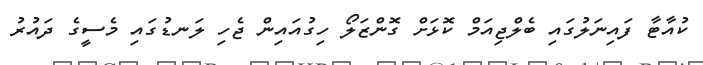
ކުއާޓާ ފައިނަލުގައި ބެލްޖިއަމް ކޮޅަށް ގޮންޒަލޯ ހިގުއައިން ޖެހި ލަނޑުގައި މެސީގެ ދައުރު